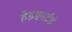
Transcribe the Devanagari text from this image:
हेडक्वार्टर्ड